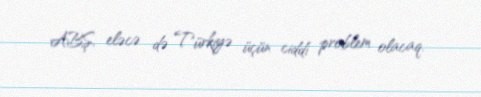
ABŞ, eləcə də Türkiyə üçün ciddi problem olacaq.